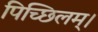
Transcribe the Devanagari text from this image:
पिच्छिलम्।